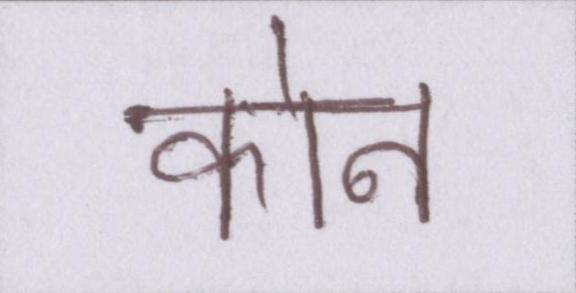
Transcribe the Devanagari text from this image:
कोन